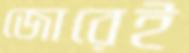
জোরেই